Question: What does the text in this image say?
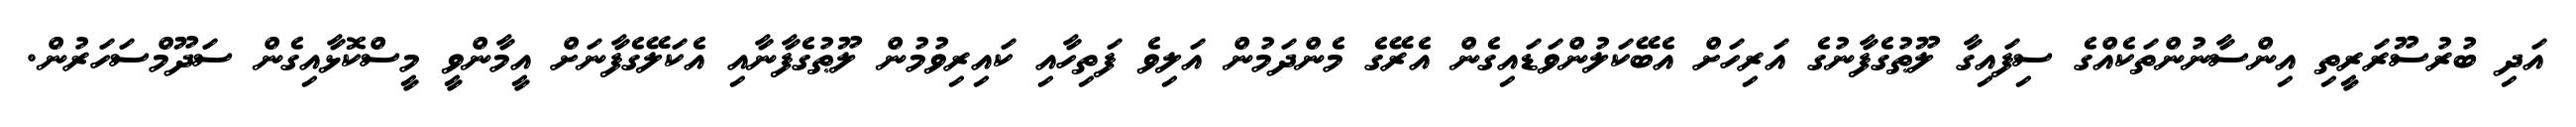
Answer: އަދި ބުރުސޫރަރީތި އިންސާނުންތަކެއްގެ ސިފައިގާ ލޫޠުގެފާނުގެ އަރިހަށް އެބޭކަލުންވަޑައިގެން އެރޭގެ މެންދަމުން އަލިވެ ފަތިހާއި ކައިރިވުމުން ލޫޠުގެފާނާއި އެކަލޭގެފާނަށް އީމާންވީ މީސްކޮޅާއިގެން ސަދޫމްސަހަރުން.